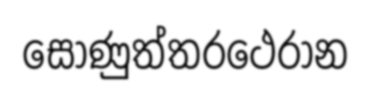
සොණුත්තරථෙරාන